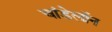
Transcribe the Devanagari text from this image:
चांडेलॉन